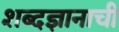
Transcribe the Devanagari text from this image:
शब्दज्ञानाची